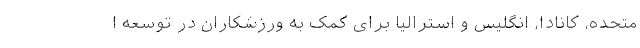
متحده، کانادا، انگلیس و استرالیا برای کمک به ورزشکاران در توسعه ا